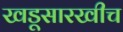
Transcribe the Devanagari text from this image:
खडूसारखीच